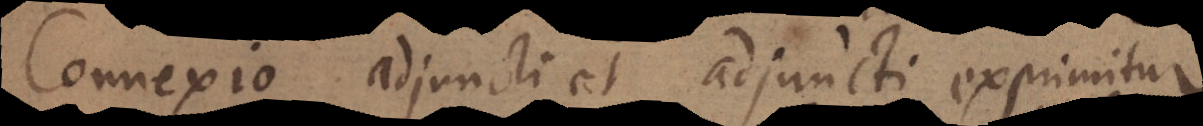
Connexio adjuncti et adjuncti exprimitur